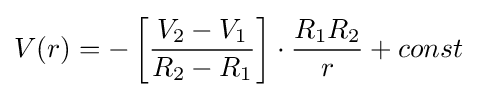
V(r)=-\left[{\frac {V_{2}-V_{1}}{R_{2}-R_{1}}}\right]\cdot {\frac {R_{1}R_{2}}{r}}+const